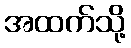
အထက်သို့